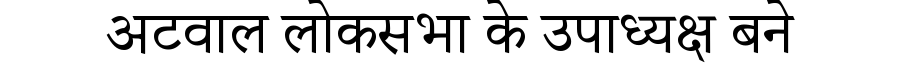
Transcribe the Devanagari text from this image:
अटवाल लोकसभा के उपाध्यक्ष बने